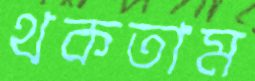
থকতাম